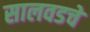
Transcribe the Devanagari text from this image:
सालवडचे